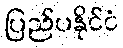
ပြည်ပနိုင်ငံ